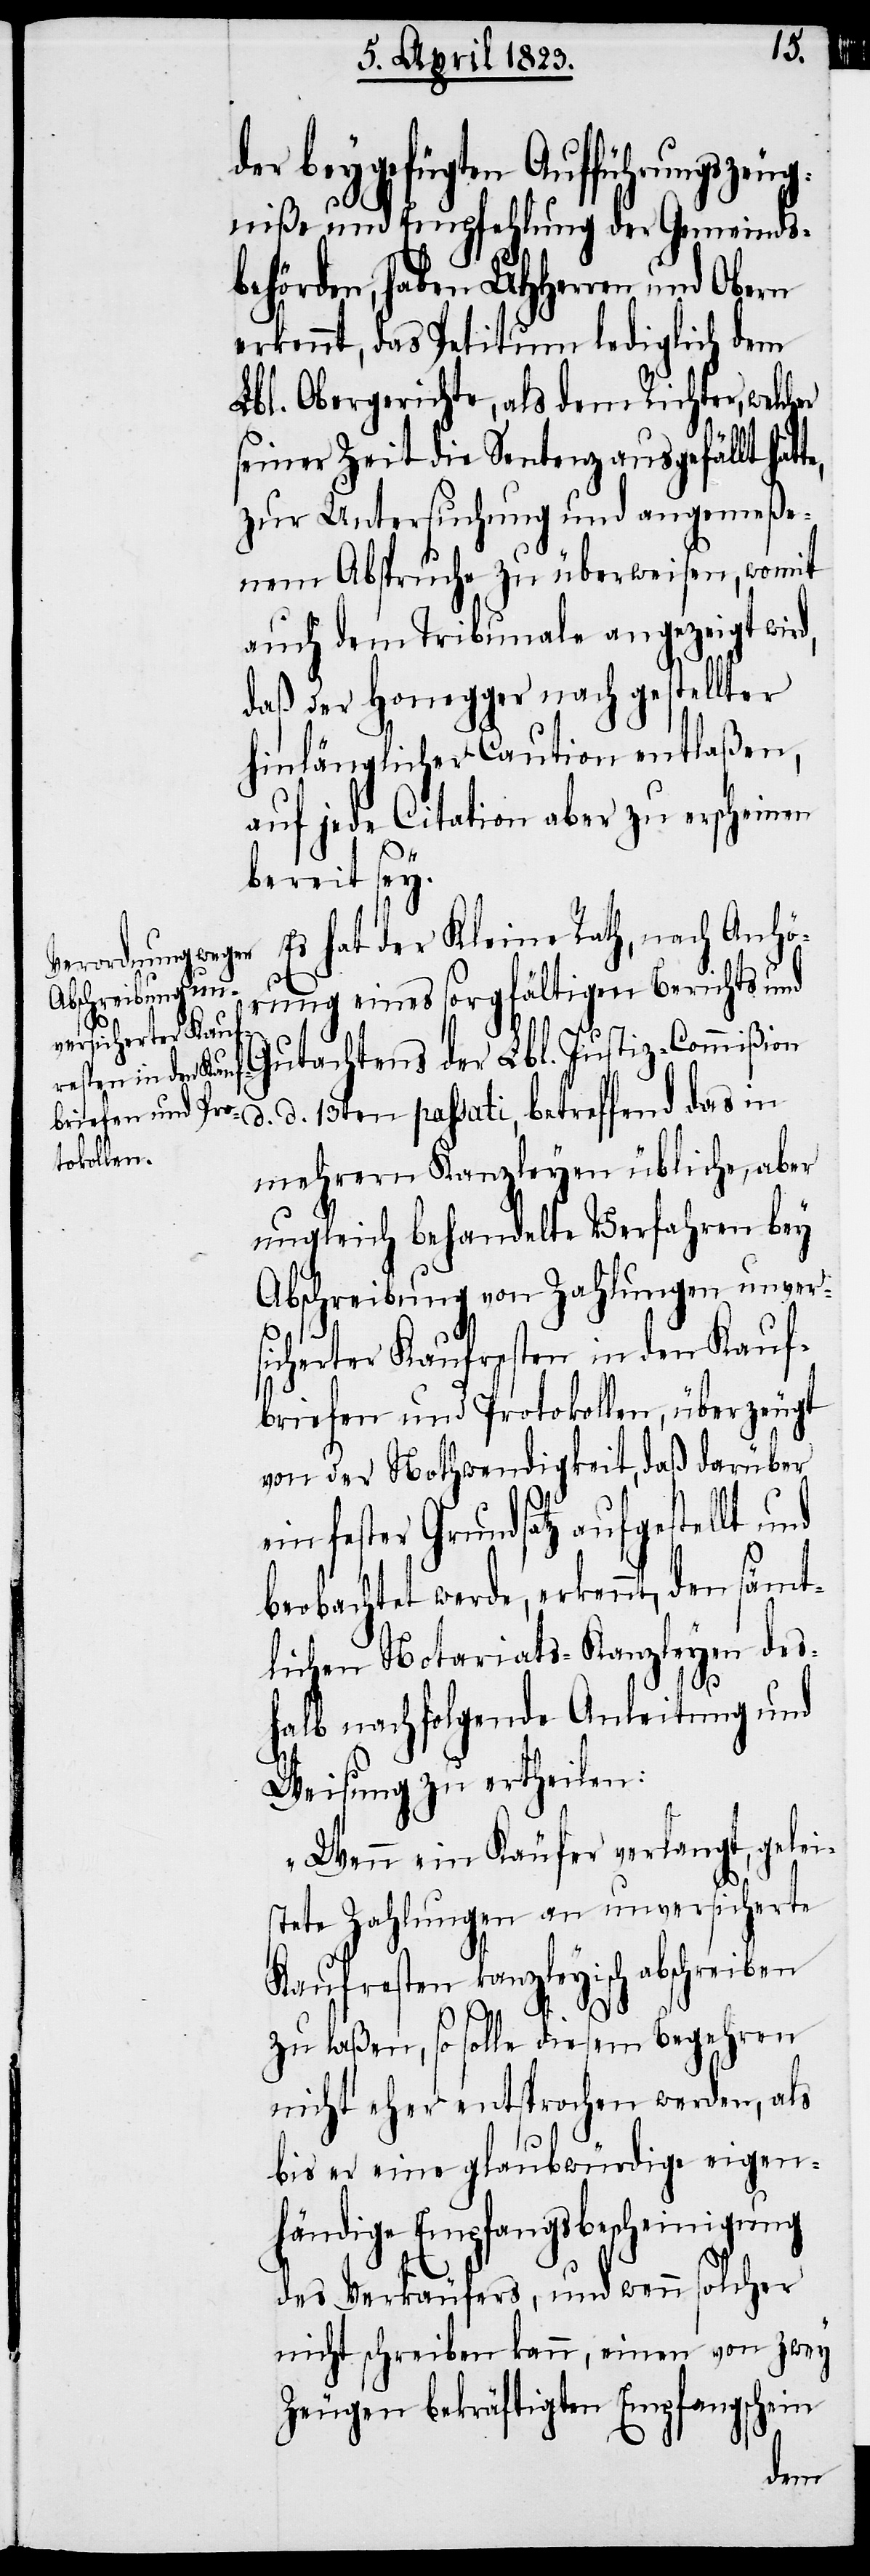
e¬
der beygefügten Aufführungszeug¬
niße und Empfehlung der Gemeinds¬
behörden, haben UHHerren und Obern
erkennt, das Petitum lediglich dem
Lbl. Obergerichte, als dem Richter, welch¬
seiner Zeit die Sentenz ausgefällt hat¬
zur Untersuchung und angemeße¬
nem Abspruche zu überweisen, womit
auch dem Tribunale angezeigt wird,
daß der Honegger nach gestellter
hinlänglicher Caution entlaßen,
auf jede Citation aber zu erscheinen
bereit sey.
Es hat der Kleine Rath, nach Anhö¬
rung eines sorgfältigen Berichts und
Gutachtens der Lbl. Justiz-Commißion
mehrern Kanzleyen übliche, aber
ungleich behandelte Verfahren bey
Abschreibung von Zahlungen unver¬
sicherter Kaufresten in den Kauf¬
briefen und Protokollen, überzeugt
von der Nothwendigkeit, daß darüber
in fester Grundsatz aufgestellt
beobachtet werde, erkennt, den sämt¬
lichen Notariats-Kanzleyen des¬
halb nachfolgende Anleitung und
Weisung zu ertheilen:
„Wenn ein Käufer verlangt, gelei¬
stete Zahlungen an unversicherte
Kaufresten kanzleyisch abschreiben
d.
zu laßen, so solle diesem Begehren
nicht eher entsprochen werden, als
bis er eine glaubwürdige eigen¬
händige Empfangsbescheinigung
des Verkäufers, und wenn solcher
nicht schreiben kann, einen von zwey
Zeugen bekräftigten Empfangschein
er